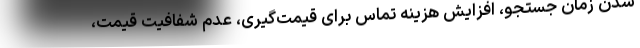
شدن زمان جستجو، افزایش هزینه‌ تماس برای قیمت‌گیری، عدم شفافیت قیمت،